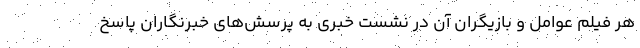
هر فیلم عوامل و بازیگران آن در نشست خبری به پرسش‌های خبرنگاران پاسخ